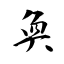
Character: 奐